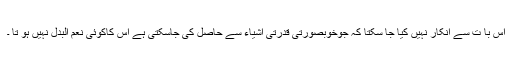
اس با ت سے انکار نہیں کیا جا سکتا کہ جوخوبصورتی قدرتی اشیاء سے حاصل کی جاسکتی ہے اس کاکوئی نعم البدل نہیں ہو تا ۔